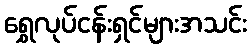
ရွှေလုပ်ငန်းရှင်များအသင်း